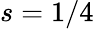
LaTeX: s=1/4